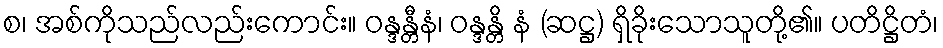
စ၊ အစ်ကိုသည်လည်းကောင်း။ ဝန္ဒန္တီနံ၊ ဝန္ဒန္တိ နံ (ဆဋ္ဌ) ရှိခိုးသောသူတို့၏။ ပတိဋ္ဌိတံ၊